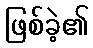
ဖြစ်ခဲ့၏